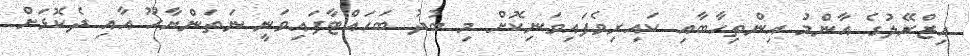
އިޒްރޭލުގެ އާންމު އިންތިހާބާއި ކައިރިވެފައިވަނިކޮށް މި ބުދު ބަހައްޓާފައިވަނީ ނަތަންޔާހޫ އާއި ދެކޮޅަށް